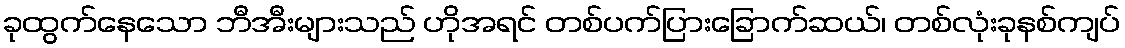
ခုထွက်နေသော ဘီအီးများသည် ဟိုအရင် တစ်ပက်ပြားခြောက်ဆယ်၊ တစ်လုံးခုနစ်ကျပ်